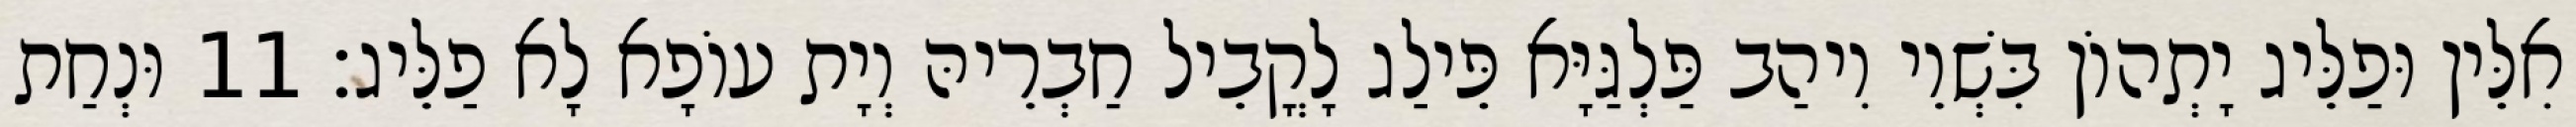
אִלֵּין וּפַלֵּיג יָתְהוֹן בִּשְׁוֵי וִיהַב פַּלְגַּיָּא פֵּילַג לָקֳבֵיל חַבְרֵיהּ וְיָת עוֹפָא לָא פַלֵּיג׃ 11 וּנְחַת